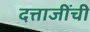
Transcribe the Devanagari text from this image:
दत्ताजींची